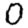
Digit: 0